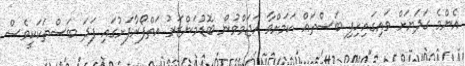
އެންމެ ގަދަޔަށް ވައިގައިހިފި ބަސްތައް ކަމަށްވާ ހަޖަމްވުން ބޮޑުމަންޒަރު އަތްފޯރާފަށުގައި ފަދަ ބަސްތަކަކީވެސް